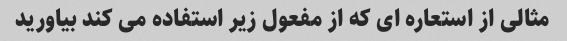
مثالی از استعاره ای که از مفعول زیر استفاده می کند بیاورید